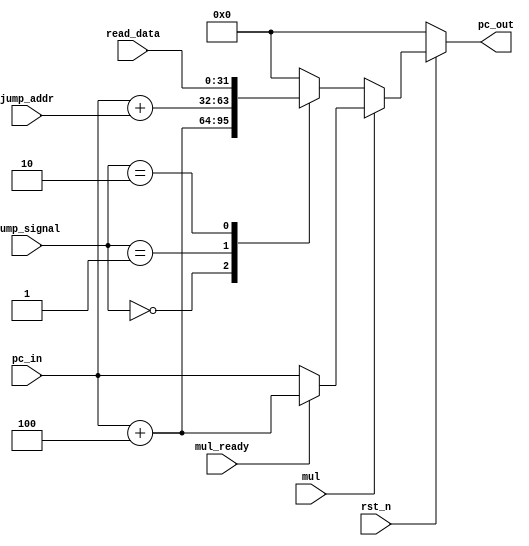
module PC_CAL(rst_n, pc_in, pc_out, mul, mul_ready, jump_signal, jump_addr, read_data);
	input rst_n;
    input mul;
    input mul_ready;
    input  [1:0]  jump_signal;
    input  [31:0] jump_addr;
    input  [31:0] pc_in;
    input  [31:0] read_data;
    output reg [31:0] pc_out;

    always @(*) begin
    	if (!rst_n) begin
            pc_out = 0;
        end

        else begin
            if (mul) begin 
                if (mul_ready) begin 
                    pc_out = pc_in+4;
                end
                else begin 
                    pc_out = pc_in;
                end
            end
            else begin 
                case (jump_signal) 
                    2'b00: pc_out = pc_in+4;
                    2'b01: pc_out = pc_in+jump_addr;
                    2'b10: pc_out = read_data;
                    default: pc_out = 0;
                endcase // jump_signal
            end
        end 
    end
endmodule